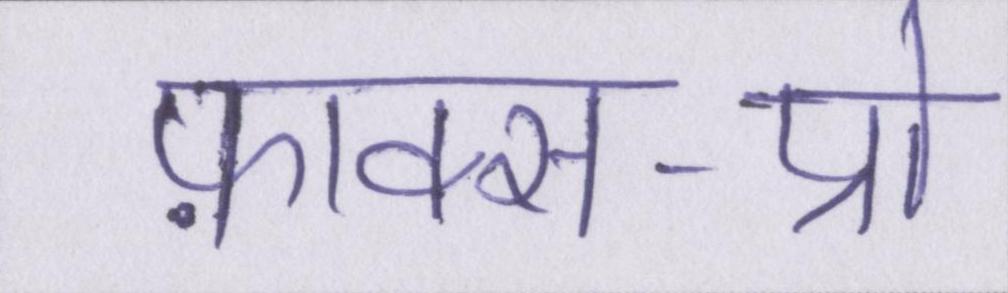
फ़ाक्स-प्रो